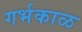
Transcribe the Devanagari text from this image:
गर्भकाळ